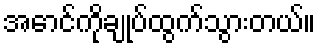
အောင်ကိုချုပ်ထွက်သွားတယ်။